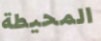
المحيطة